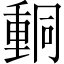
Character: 𨤯